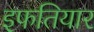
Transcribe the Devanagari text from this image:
इफतियार